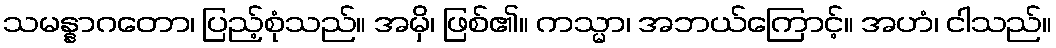
သမန္နာဂတော၊ ပြည့်စုံသည်။ အမှိ၊ ဖြစ်၏။ ကသ္မာ၊ အဘယ်ကြောင့်။ အဟံ၊ ငါသည်။